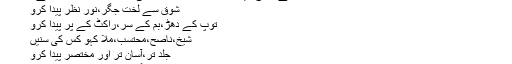
ان کے مزاح میں ہمدردی کا عنصر کائناتی عوامل کا احاطہ کرتا ہے :
شوق سے لخت جگر،نور نظر پیدا کرو
توپ کے دھڑ،بم کے سر،راکٹ کے پر پیدا کرو
شیخ،ناصح،محتسب،ملا کہو کس کی سنیں
جلد تر،آسان تر اور مختصر پیدا کرو
ایک حساس،پر خلوص اور دردمند تخلیق کار کی حیثیت سے سید ضمیر جعفری نے زندگی کو بہت قریب سے دیکھا۔